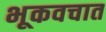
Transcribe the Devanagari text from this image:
भूकवचात